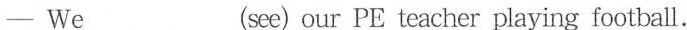
—We___ (see) our PE teacher playing football.